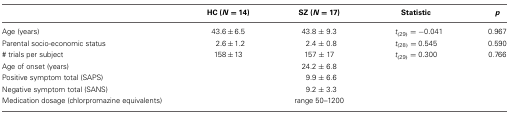
<table><thead><tr><td></td><td><b>HC (<i>N</i> = 14)</b></td><td><b>SZ (<i>N</i> = 17)</b></td><td><b>Statistic</b></td><td><b><i>p</i></b></td></tr></thead><tbody><tr><td>Age (years)</td><td>43.6 ± 6.5</td><td>43.8 ± 9.3</td><td><i>t</i><sub>(29)</sub> = −0.041</td><td>0.967</td></tr><tr><td>Parental socio-economic status</td><td>2.6 ± 1.2</td><td>2.4 ± 0.8</td><td><i>t</i><sub>(28)</sub> = 0.545</td><td>0.590</td></tr><tr><td># trials per subject</td><td>1.8 ± 13</td><td>1.7 ± 17</td><td><i>t</i><sub>(29)</sub> = 0.300</td><td>0.766</td></tr><tr><td>Age of onset (years)</td><td></td><td>24.2 ± 6.8</td><td></td><td></td></tr><tr><td>Positive symptom total (SAPS)</td><td></td><td>9.9 ± 6.6</td><td></td><td></td></tr><tr><td>Negative symptom total (SANS)</td><td></td><td>9.2 ± 3.3</td><td></td><td></td></tr><tr><td>Medication dosage (chlorpromazine equivalents)</td><td></td><td>range 50–1200</td><td></td><td></td></tr></tbody></table>